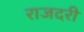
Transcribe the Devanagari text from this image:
राजदरी